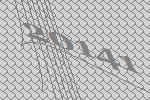
20141